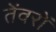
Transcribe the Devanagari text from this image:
तेंवरों